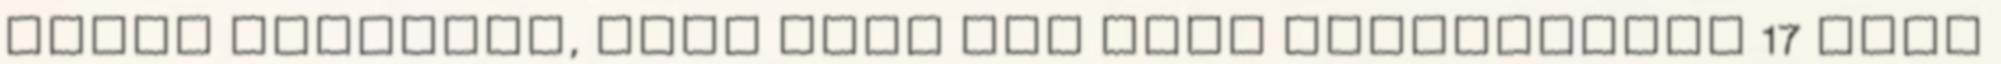
ember életéből, vele most egy álom teljesülhet 17 hely